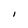
Character: I